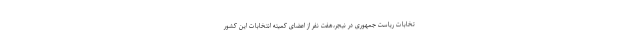
تخابات ریاست جمهوری در نیجر،هفت نفر از اعضای کمیته انتخابات این کشور